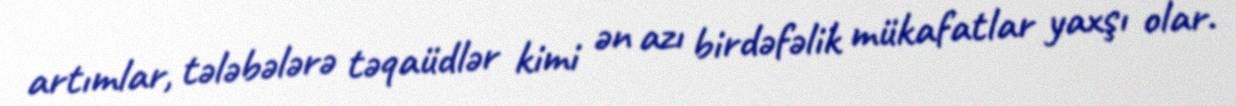
artımlar, tələbələrə təqaüdlər kimi ən azı birdəfəlik mükafatlar yaxşı olar.